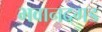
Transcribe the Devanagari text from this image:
भवानदगड